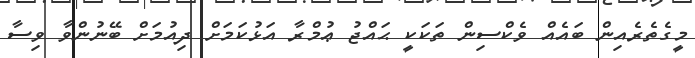
މީގެތެރެއިން ބައެއް ވެކްސިން ތަކަކީ ޙައްޖު ޢުމްރާ އަޅުކަމަށް ދިއުމަށް ބޭނުންވާ ވިސާ